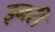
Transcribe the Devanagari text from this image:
इनरी